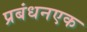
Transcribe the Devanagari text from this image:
प्रबंधनएक